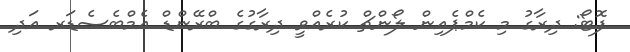
ފޮޓޯ: ދިރާގު މި ކެމްޕެއިން ލޯންޗް ކުރެއްވީ ދިރާގުގެ ބްރޭންޑް އެމްބެސެޑަރ އަދި